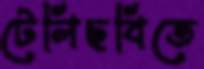
টেলিছবিতে